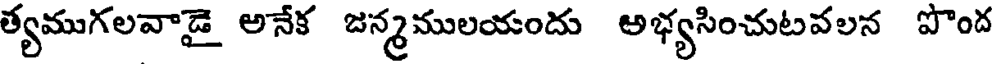
త్యముగలవాడై అనేక జన్మములయందు అభ్యసించుటవలన పొంద